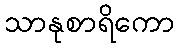
သာနုစာရိကော